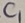
Text: C1